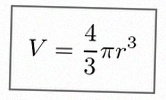
V=\frac43\pi r^3